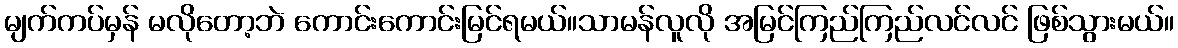
မျက်ကပ်မှန် မလိုတော့ဘဲ ကောင်းကောင်းမြင်ရမယ်။သာမန်လူလို အမြင်ကြည်ကြည်လင်လင် ဖြစ်သွားမယ်။